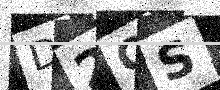
Text: D2QS